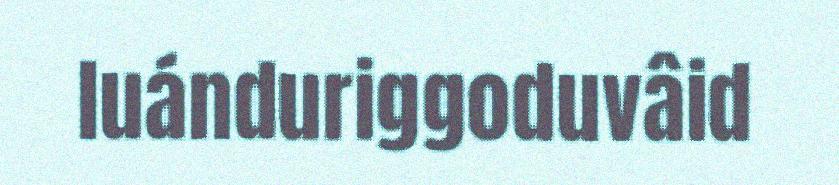
luánduriggoduvâid